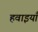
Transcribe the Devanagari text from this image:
हवाइयाँ